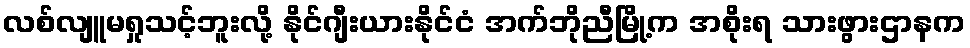
လစ်လျူမရှုသင့်ဘူးလို့ နိုင်ဂျီးယားနိုင်ငံ အက်ဘိုညီမြို့က အစိုးရ သားဖွားဌာနက